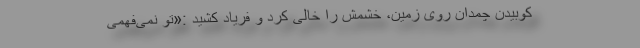
کوبیدن چمدان روی زمین، خشمش را خالی کرد و فریاد کشید :«تو نمی‌فهمی